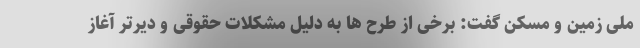
ملی زمین و مسکن گفت: برخی از طرح ها به دلیل مشکلات حقوقی و دیرتر آغاز